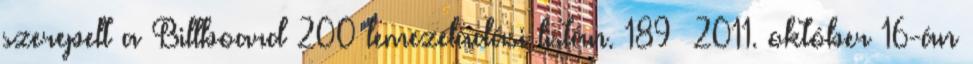
szerepelt a Billboard 200 lemezeladási listán. 189 2011. október 16-án